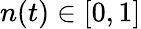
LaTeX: n(t)\in[0,1]